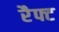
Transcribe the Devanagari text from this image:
रैफ्ट